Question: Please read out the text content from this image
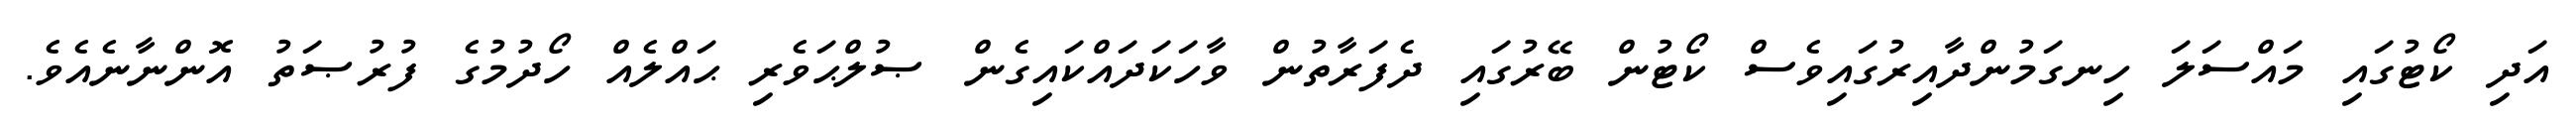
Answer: އަދި ކޯޓުގައި މައްސަލަ ހިނގަމުންދާއިރުގައިވެސް ކޯޓުން ބޭރުގައި ދެފަރާތުން ވާހަކަދައްކައިގެން ޞުލްޙަވެރި ޙައްލެއް ހޯދުމުގެ ފުރުޞަތު އޮންނާނެއެވެ.